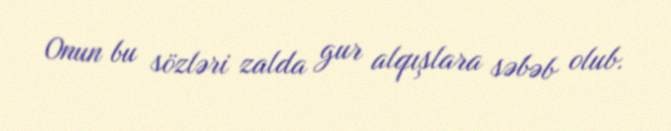
Onun bu sözləri zalda gur alqışlara səbəb olub.